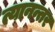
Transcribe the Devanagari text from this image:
त्यानन्तर